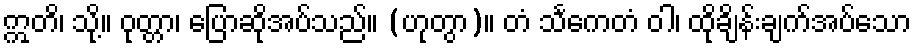
ဣတိ၊ သို့။ ဝုတ္တာ၊ ပြောဆိုအပ်သည်။ (ဟုတွာ)။ တံ သင်္ကေတံ ဝါ၊ ထိုချိန်းချက်အပ်သော